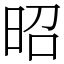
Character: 昭